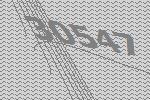
30547